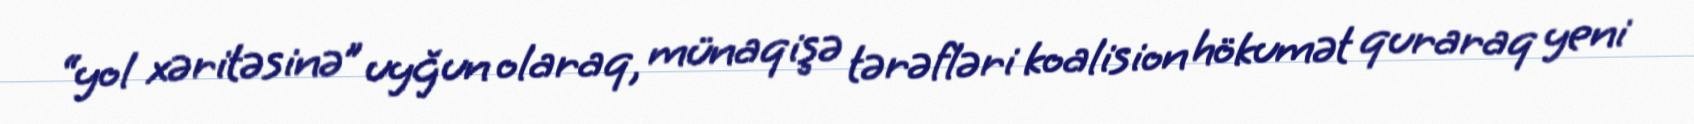
“yol xəritəsinə” uyğun olaraq, münaqişə tərəfləri koalision hökumət quraraq yeni